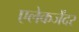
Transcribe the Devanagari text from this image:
एलेकजेंदर